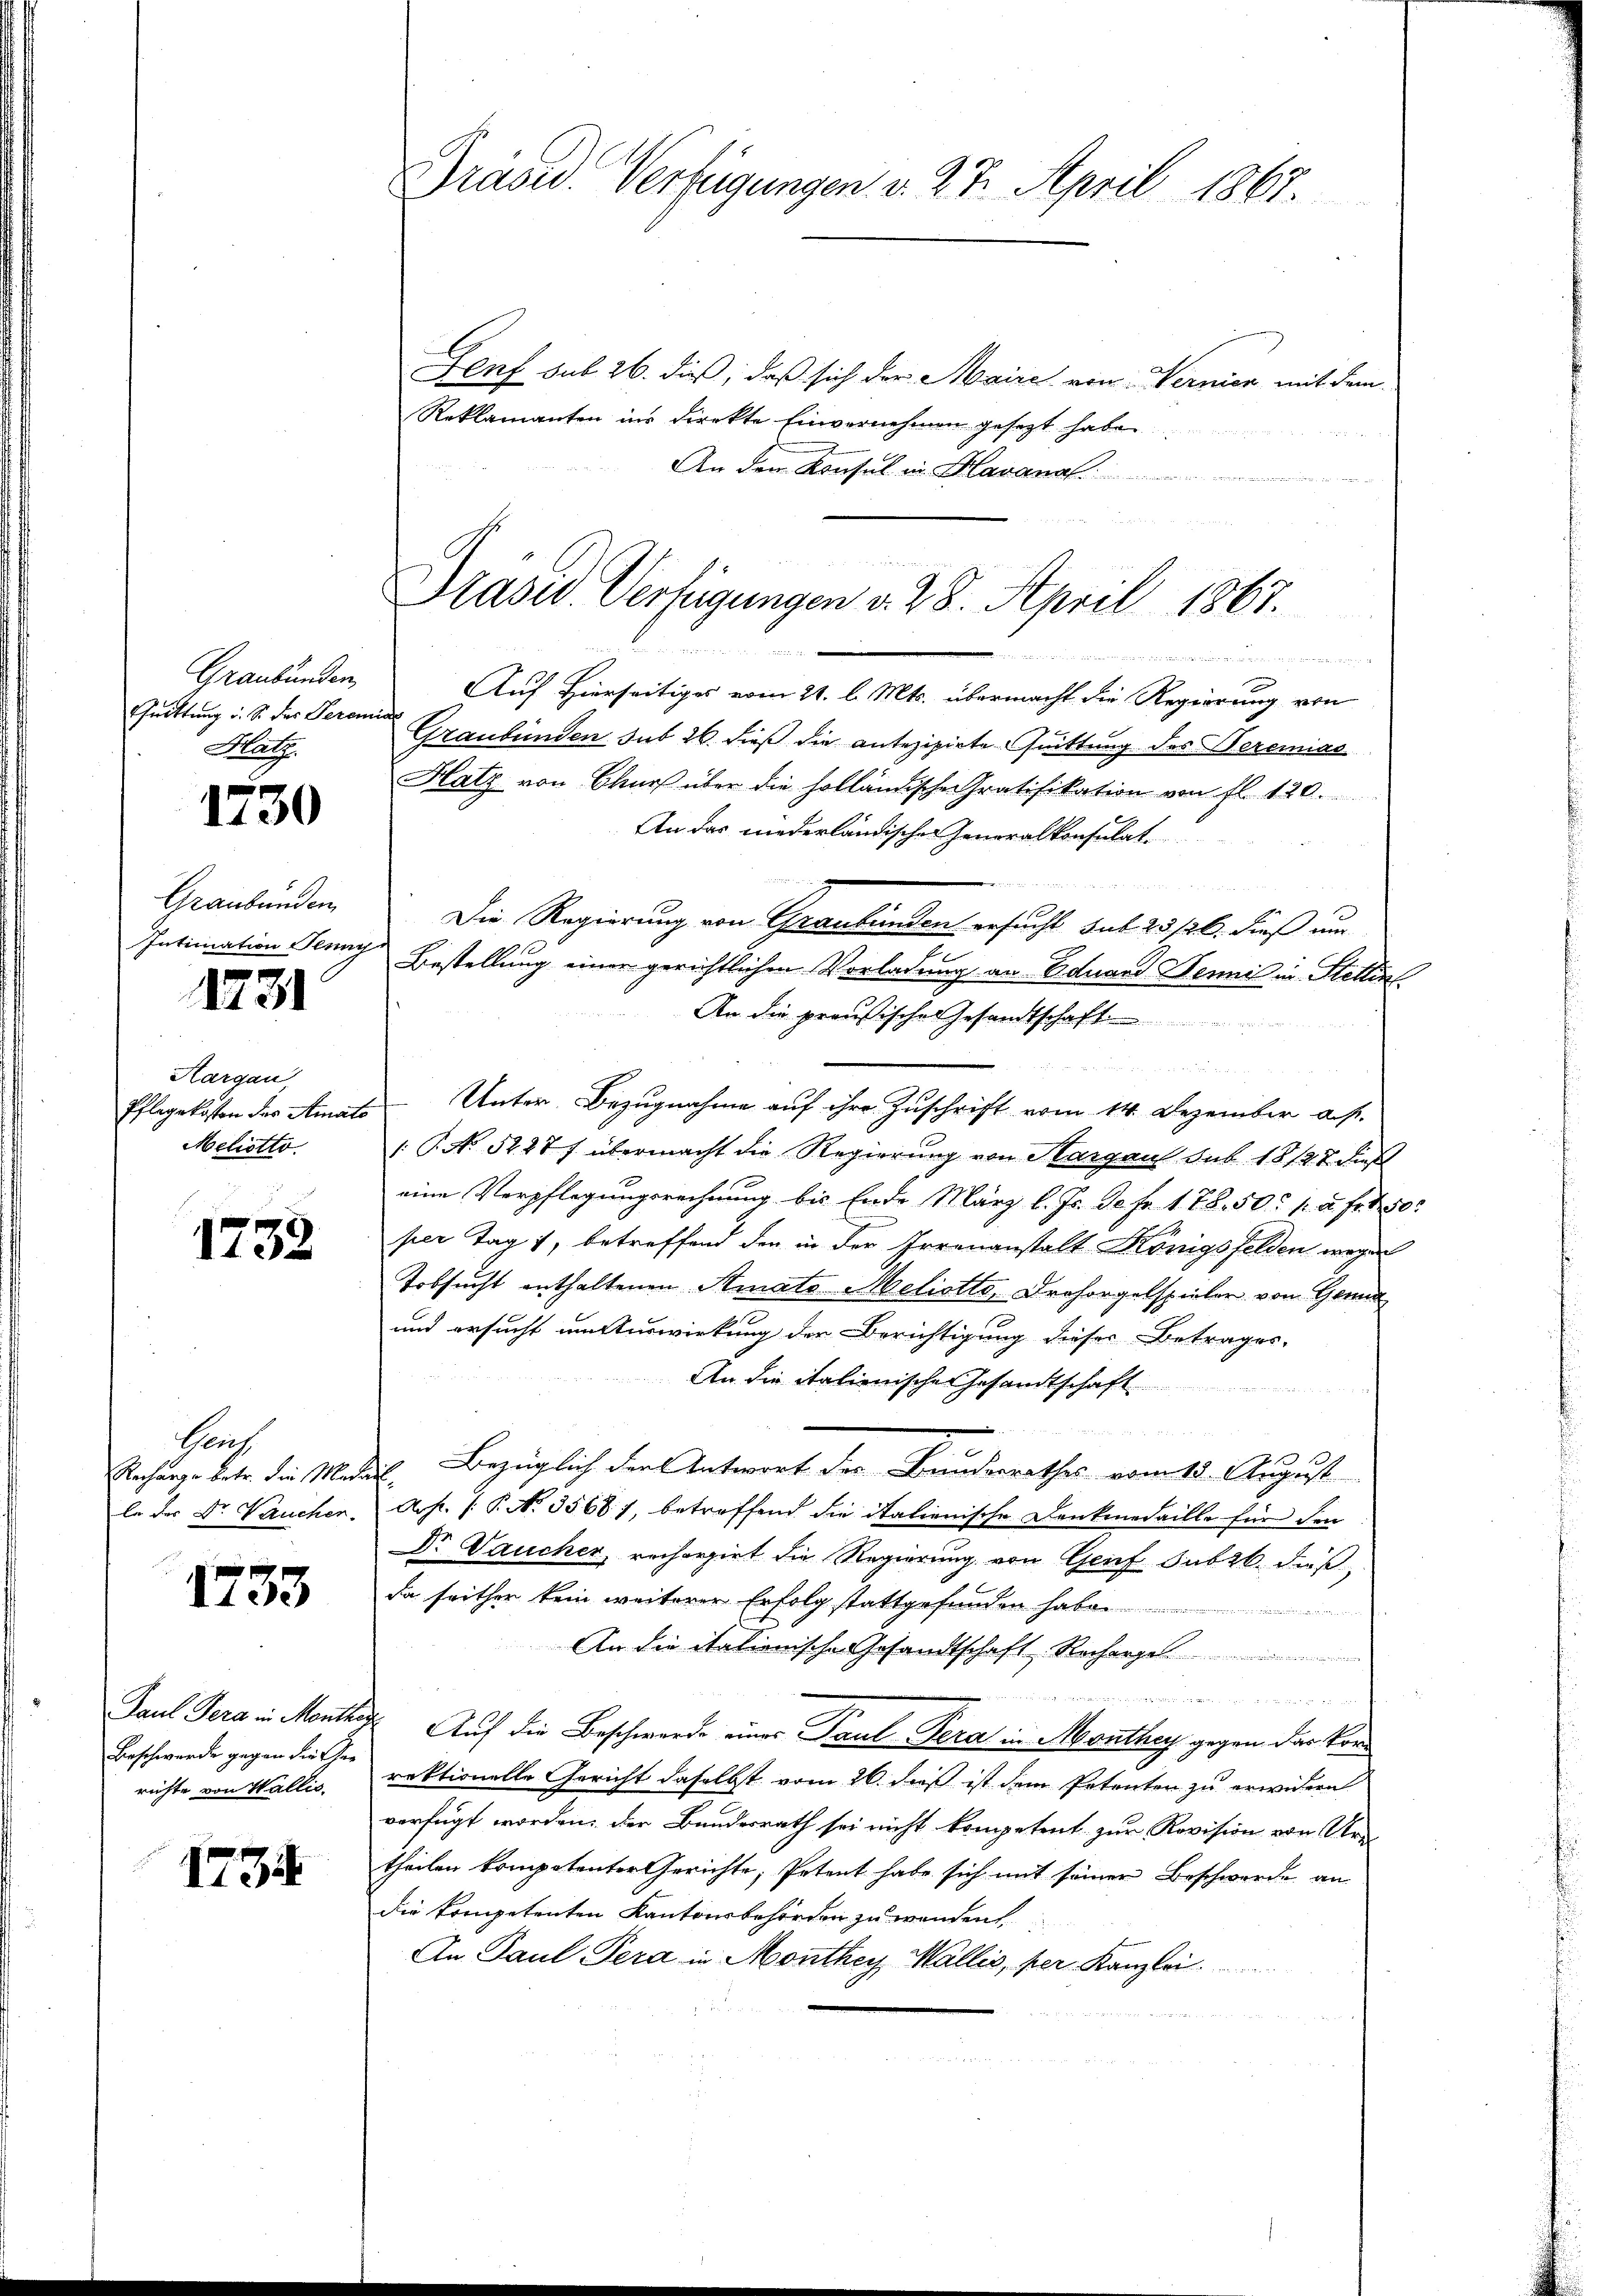
Graubünden,
Guittung u. So das Seremia
Mat

1730

Graubünden
Intimation Jenny

1231

Hargau
Pflegekosten des Amato
Meliotto.

1732

Rang
Recharge betr. die Mada
le der Dr. Laucher.

1733

Paul Gera in Monthe
Beschwerde gegen die Ihne
richte von Wallis.

1734

Präsid. Verfügungen v. 27. April 1867.

Präsid. Verfügungen d. 28. April 1867.

 eben an die er nahe eine

Senf sub 26. dieß, daß sich der Maire von Wernien mit dem
Reklamanten ins direkte Einvernehmen gesezt haben
An den Konsul in Havana

Auf Hierseitiges vom 21. l. Mts. übermacht die Regierung von
Graubünden sub 26 dieß die antezipirte Guittung des Seremias
Hatz von Chur über die holländische Gratifikation von fl. 120.
An das niederländischen Generalkonsulat
Die Regierung von Graubünden ersucht sub 23 /26. dieß am
Bestellung einer gerichtlichen Vorladung an Eduard Denis in Stettin
An die preußischen Gesandtschaft

Unter Bezugnahme auf ihre Zuschrift vom 14. Dezember a. p.
: P. No 5227 f übermacht die Regierung von Hargau sub. 18122 dieß
eine Verpflegungsrechnung bis Ende März l. Js. de fr. 178. 50. 12 fr. 450
per Tag 7, betreffend den in der Irrenanstalt Königsfelden wegen
Tobsucht enthaltenen Amato Meliotto, Drohorgelspieler von Genua
und ersucht um Auswirkung der Berichtigung dieser Betrages,
An die italienischer Gesandtschaft

Bezüglich der Antwort der Bundesrathes vom 18. August
t
Arh. (T. No. 3568. 7, betreffend die italienische Denkmedaille für den
Dr Daucher, recherzirt die Regierung von Genf Subzb. dies
da seither kein weiterer Erfolg stattgefunden habe
An die italienische Gesandtschaft Recharge

Auf die Beschwerde eines Paul Pera in Monthey gegen das konrektionelle Gericht daselbst vom 26. daß ist dem Petenten zu erwidern
verfügt worden, der Bundesrath sei nicht kompetent zur Revision von Men
theilen kompetenter Gerichte, Petent habe sich mit seiner Beschwerde an
die kompetenten Kantonsbehörden zu wenden
An Paul Pera in Monthey Wallis, per Kanzlei.